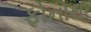
ફોનોથી